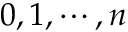
0 , 1 , \cdots , n